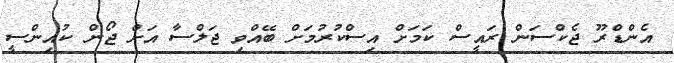
އެންޑްރޫ ޖެކްސަން ރައީސް ކަމަށް އިސްކުރުމަށް ބޭއްވި ޖަލްސާ އަށް ޖޯން ކުއިންސީ